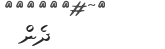
ދެން